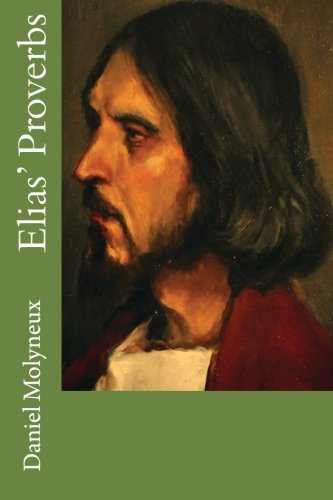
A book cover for Elias' Proverbs; Daniel Molyneux; Literature & Fiction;